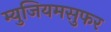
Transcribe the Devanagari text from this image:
म्युजियमसुफर